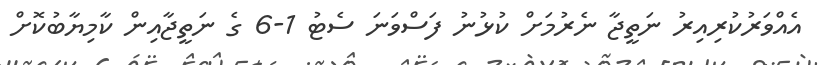
އެއްވަރުކުރިއިރު ނަތީޖާ ނެރުމަށް ކުޅުނު ފަސްވަނަ ސެޓު 1-6 ގެ ނަތީޖާއިން ކާމިޔާބުކޮށް